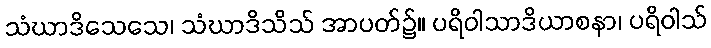
သံဃာဒိသေသေ၊ သံဃာဒိသိသ် အာပတ်၌။ ပရိဝါသာဒိယာစနာ၊ ပရိဝါသ်